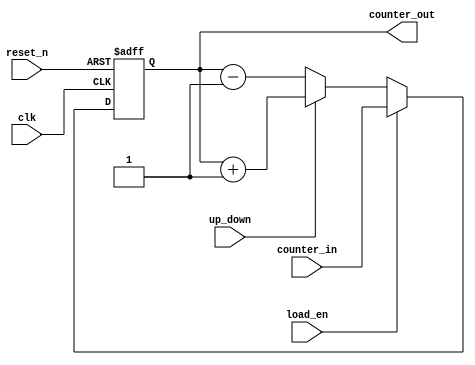
module counter_up_down_load_nbit
    # (parameter CNT_WIDTH = 3)
(

    input clk,
    input reset_n,
    input load_en,
    input [CNT_WIDTH-1:0] counter_in,

    input up_down,
    output reg [CNT_WIDTH-1:0] counter_out
);

    always @(posedge clk or negedge reset_n) begin
        if(!reset_n)
            counter_out <= 0;
        else if(load_en)
            counter_out <= counter_in;
        else begin
            if(up_down == 1'b1) begin
                counter_out <= counter_out + 1'b1;
            end else begin
                counter_out <= counter_out - 1'b1;
            end
        end
    end
endmodule